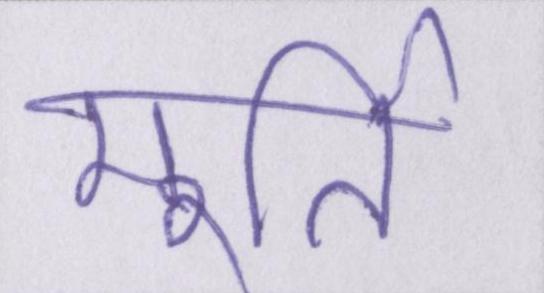
मूर्ति